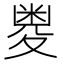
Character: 𱘥